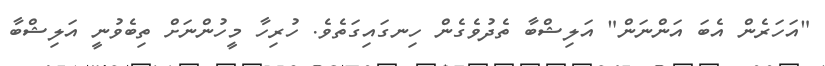
"އަހަރެން އެބަ އަންނަން" އަލިޝްބާ ތެދުވެގެން ހިނގައިގަތެވެ. ހުރިހާ މީހުންނަށް ތިބެވުނީ އަލިޝްބާ